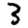
Digit: 3